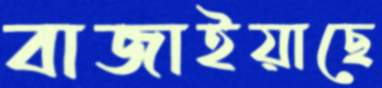
বাজাইয়াছে